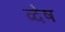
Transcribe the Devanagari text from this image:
व्देष